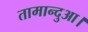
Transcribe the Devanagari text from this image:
तामान्दुआ।